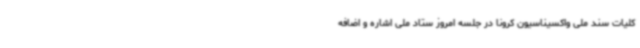
کلیات سند ملی واکسیناسیون کرونا در جلسه امروز ستاد ملی اشاره و اضافه